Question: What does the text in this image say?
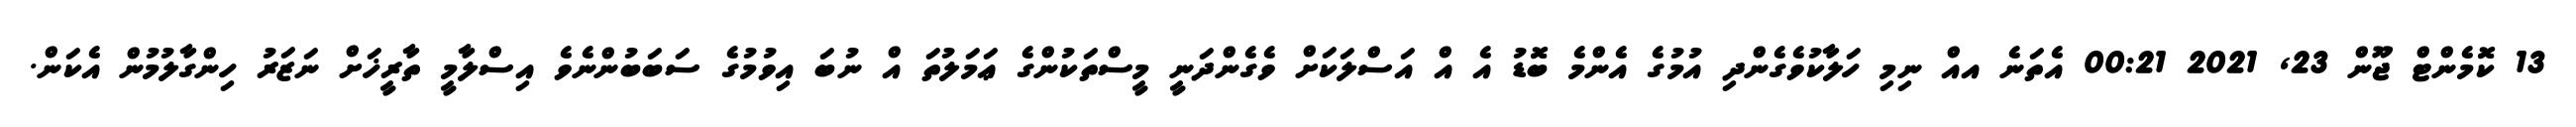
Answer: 13 ކޮމެންޓް ޖޫން 23, 2021 00:21 އެތަނެ އއް ނިމި ހަލާކުވެގެންދި އުމުގެ އެންމެ ބޮޑު އެ އް އަސްލަކަށް ވެގެންދަނީ މީސްތަކުންގެ ޢަމަލުތަ އް ނުބަ އިވުމުގެ ސަބަބުންނެވެ އިސްލާމީ ތާރީޚަށް ނަޒަރު ހިންގާލުމުން އެކަން.